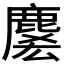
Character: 𪊱